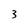
Character: 3